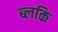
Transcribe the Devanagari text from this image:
ब्लकि